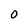
Character: O